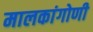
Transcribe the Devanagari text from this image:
मालकांगोणी